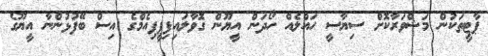
ޕާޓީތަކުން މަޝްވަރާކޮށް ސިޔާސީ ހައްލެއް ހޯދަން އީޔޫން ގޮވާލައިފިޕީޕިއެމްގެ އިސް ބޭފުޅުންނާ އީޔޫގެ